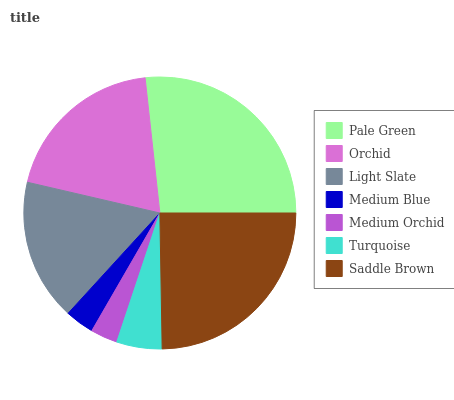
| Pale Green | Orchid | Light Slate | Medium Blue | Medium Orchid | Turquoise | Saddle Brown |
 | --- | --- | --- | --- | --- | --- | --- |
 | 26.8% | 19.6% | 16.9% | 3.46% | 3.22% | 5.4% | 24.7% |